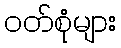
ဝတ်စုံများ